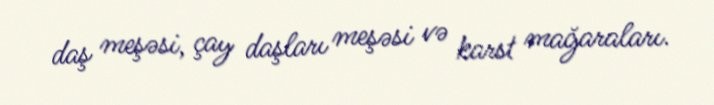
daş meşəsi, çay daşları meşəsi və karst mağaraları.